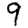
Digit: 9